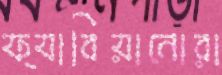
ফ্যাবিয়ানোরা